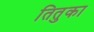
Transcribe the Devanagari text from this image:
तितुका